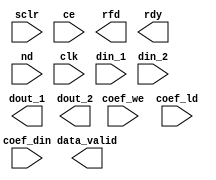
module hbdec2(
  sclr, ce, rfd, rdy, data_valid, coef_we, nd, clk, 
  coef_ld, dout_1, dout_2, din_1, din_2, coef_din
)
/* synthesis syn_black_box black_box_pad_pin="sclr,ce,rfd,rdy,data_valid,coef_we,nd,clk,coef_ld,dout_1[47:0],dout_2[47:0],din_1[23:0],din_2[23:0],coef_din[17:0]" */;
  input sclr;
  input ce;
  output rfd;
  output rdy;
  output data_valid;
  input coef_we;
  input nd;
  input clk;
  input coef_ld;
  output [46:0]dout_1;
  output [46:0]dout_2;
  input [23:0]din_1;
  input [23:0]din_2;
  input [17:0]coef_din;
endmodule